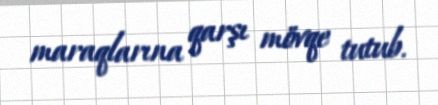
maraqlarına qarşı mövqe tutub.